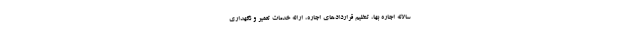
سالانه اجاره بها، تنظیم قراردادهای اجاره، ارائه خدمات تعمیر و نگهداری